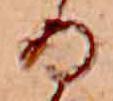
る